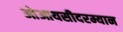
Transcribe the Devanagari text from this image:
ओआयसीदरम्यान